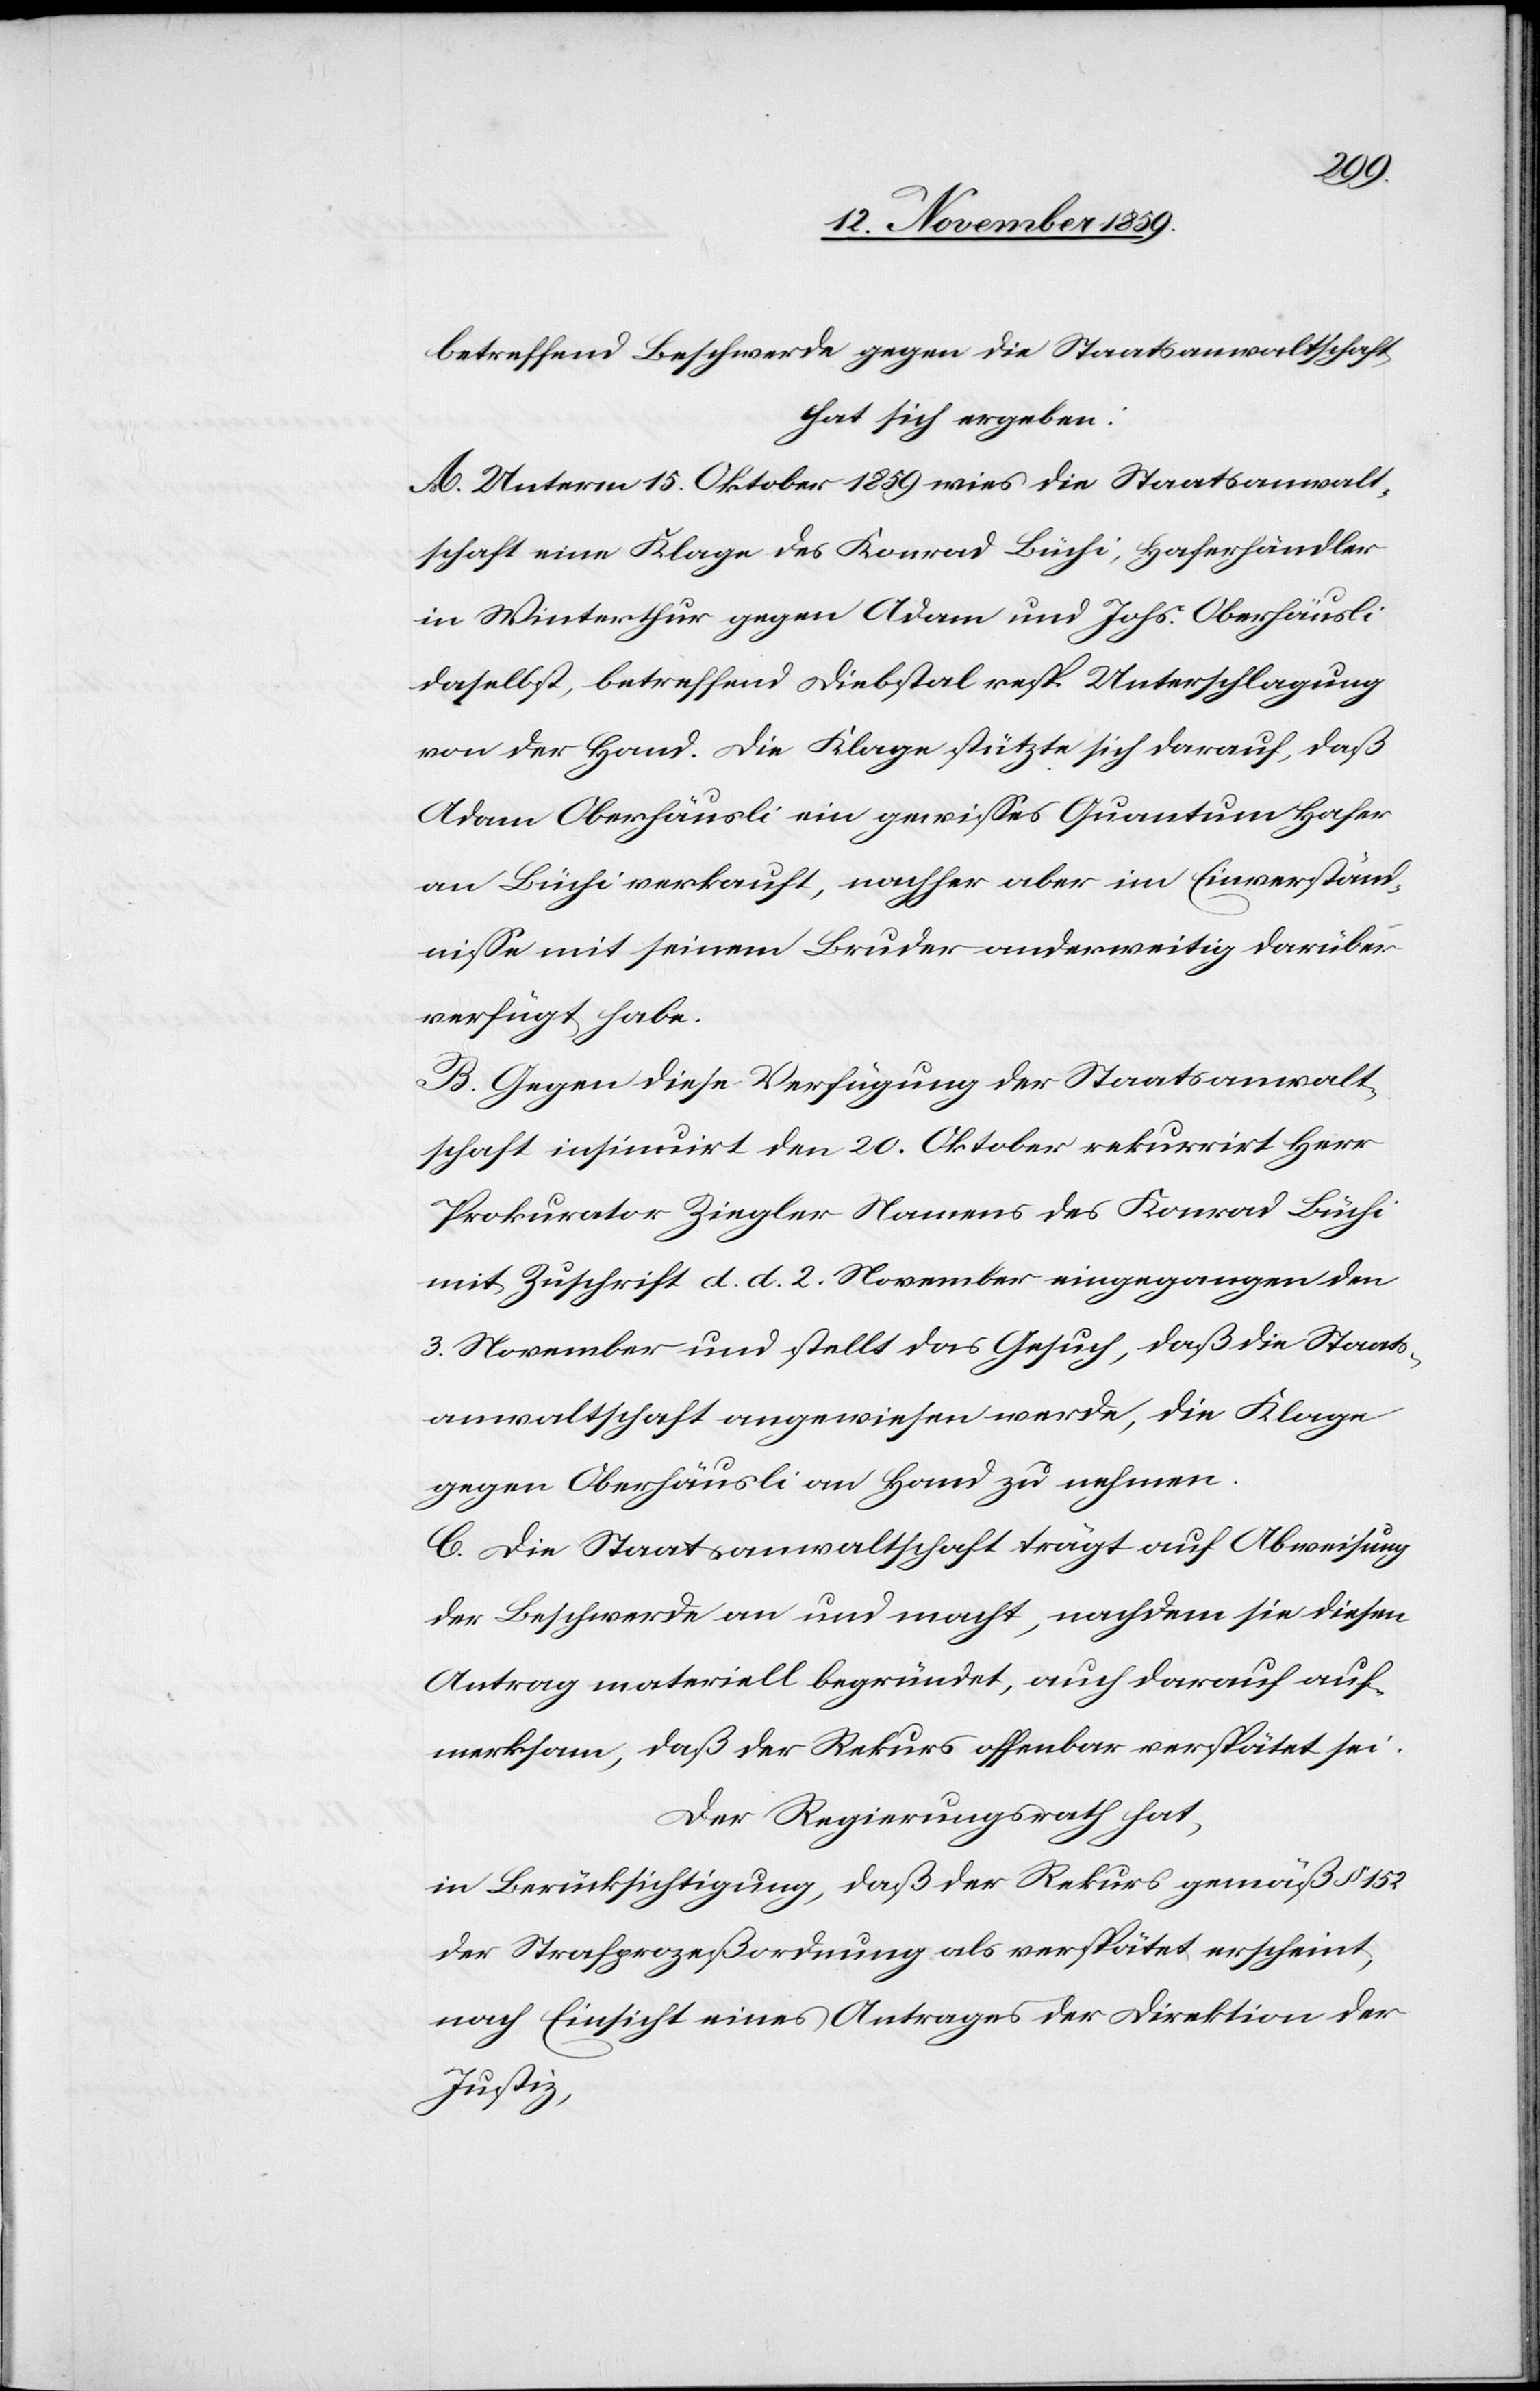
betreffend Beschwerde gegen die Staatsanwaltschaft,
hat sich ergeben:
A. Unterm 15. Oktober 1859 wies die Staatsanwalt¬
schaft eine Klage des Konrad Büchi, Haferhändler
in Winterthur gegen Adam und Johs. Oberhäusli
daselbst, betreffend Diebstahl resp. Unterschlagung
von der Hand. Die Klage stützte sich darauf, daß
Adam Oberhäusli ein gewisses Quantum Hafer
an Büchi verkauft, nachher aber im Einverständ¬
nisse mit seinem Bruder anderweitig darüber
verfügt habe.
B. Gegen diese Verfügung der Staatsanwalt¬
schaft[,] insinuirt den 20. Oktober[,] rekurrirt Herr
Prokurator Ziegler Namens des Konrad Büchi
mit Zuschrift d. d. 2. November eingegangen den
3. November und stellt das Gesuch, daß die Staats¬
anwaltschaft angewiesen werde, die Klage
gegen Oberhäusli an Hand zu nehmen.
C. Die Staatsanwaltschaft trägt auf Abweisung
der Beschwerde an und macht, nachdem sie diesen
Antrag materiell begründet, auch darauf auf¬
merksam, daß der Rekurs offenbar verspätet sei.
Der Regierungsrath hat,
in Berücksichtigung, daß der Rekurs gemäß § 152
der Strafgesetzordnung als verspätet erscheint
nach Einsicht eines Antrages der Direktion der
Justiz,